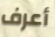
أعرف